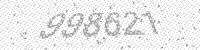
Solution: 998621